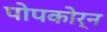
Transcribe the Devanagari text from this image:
पोपकोर्न